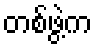
တစ်ဖွဲ့က